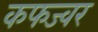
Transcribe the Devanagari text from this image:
कफज्वर